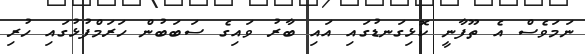
ނަމަވެސް އެ ތޫފާނީ ކޮޅިގަނޑުގައި އައި ބާރު ވައިގެ ސަބަބުން ހަރަމްފުޅުގައި ހުރި